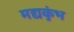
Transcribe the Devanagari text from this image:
मद्यकुंभ